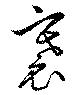
褰